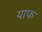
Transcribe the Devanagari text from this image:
याफ